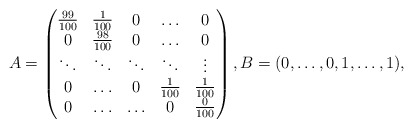
\begin{align*}A = \begin{pmatrix} \frac{99}{100}& \frac{1}{100}&0&\ldots & 0 \\0& \frac{98}{100}&0&\ldots& 0 \\\ddots & \ddots& \ddots &\ddots &\vdots \\0&\ldots&0&\frac{1}{100}&\frac{1}{100} \\0&\ldots&\ldots&0&\frac{0}{100}\end{pmatrix}, B = (0,\ldots,0, 1, \ldots, 1),\end{align*}